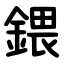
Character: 鍡